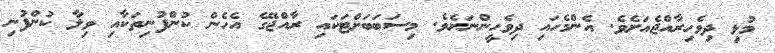
މުޅި ދިވެހިރާއްޖެއަށެވެ. އެންމެހައި ދިވެހީންނަށެވެ. މިސަބަބަށްޓަކައި ރާއްޖޭގެ އެހެން ކުންފުނިތަކާއި ވިލާ ކުންފުނި